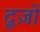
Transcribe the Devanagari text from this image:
दूज़ों